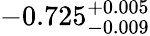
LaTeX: -0.725_{-0.009}^{+0.005}